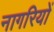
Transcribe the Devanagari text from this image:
नागरियों